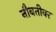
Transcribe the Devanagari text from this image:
नौबतीवर